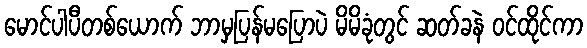
မောင်ပါပီတစ်ယောက် ဘာမှပြန်မပြောပဲ မိမိခုံတွင် ဆတ်ခနဲ ဝင်ထိုင်ကာ